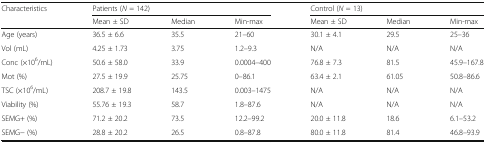
<table><thead><tr><td rowspan="2"><b>Characteristics</b></td><td colspan="3"><b>Patients (<i>N</i> = 142)</b></td><td colspan="3"><b>Control (<i>N</i> = 13)</b></td></tr><tr><td><b>Mean ± SD</b></td><td><b>Median</b></td><td><b>Min-max</b></td><td><b>Mean ± SD</b></td><td><b>Median</b></td><td><b>Min-max</b></td></tr></thead><tbody><tr><td>Age (years)</td><td>36.5 ± 6.6</td><td>35.5</td><td>21–60</td><td>30.1 ± 4.1</td><td>29.5</td><td>25–36</td></tr><tr><td>Vol (mL)</td><td>4.25 ± 1.73</td><td>3.75</td><td>1.2–9.3</td><td>N/A</td><td>N/A</td><td>N/A</td></tr><tr><td>Conc (×10<sup>6</sup>/mL)</td><td>50.6 ± 58.0</td><td>33.9</td><td>0.0004–400</td><td>76.8 ± 7.3</td><td>81.5</td><td>45.9–167.8</td></tr><tr><td>Mot (%)</td><td>27.5 ± 19.9</td><td>25.75</td><td>0–86.1</td><td>63.4 ± 2.1</td><td>61.05</td><td>50.8–86.6</td></tr><tr><td>TSC (×10<sup>6</sup>/mL)</td><td>208.7 ± 19.8</td><td>143.5</td><td>0.003–1475</td><td>N/A</td><td>N/A</td><td>N/A</td></tr><tr><td>Viability (%)</td><td>55.76 ± 19.3</td><td>58.7</td><td>1.8–87.6</td><td>N/A</td><td>N/A</td><td>N/A</td></tr><tr><td>SEMG+ (%)</td><td>71.2 ± 20.2</td><td>73.5</td><td>12.2–99.2</td><td>20.0 ± 11.8</td><td>18.6</td><td>6.1–53.2</td></tr><tr><td>SEMG− (%)</td><td>28.8 ± 20.2</td><td>26.5</td><td>0.8–87.8</td><td>80.0 ± 11.8</td><td>81.4</td><td>46.8–93.9</td></tr></tbody></table>